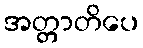
အတ္တာတိပေ